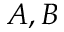
A , B